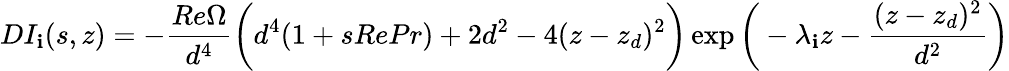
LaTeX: DI_{\mathbf{i}}(s,z)=-\frac{{Re\Omega}}{{d^{4}}}\bigg(d^{4}(1+sRePr)+2d^{2}-4(z-z_{d})^{2}\bigg)\exp\bigg(-\lambda_{\mathbf{i}}z-\frac{{(z-z_{d})^{2}}}{{d^{2}}}\bigg)